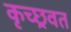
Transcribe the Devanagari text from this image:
कृच्छ्रवत